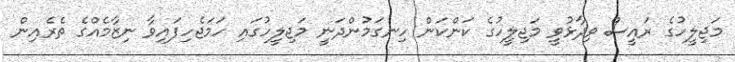
މަޖިލީހުގެ ރައީސް ވިދާޅުވީ މަޖިލީހުގެ ކަންކަން ހިނގަމުންދަނީ މަޖިލީހުގައި ހަމަޖެހިފައިވާ ނިޒާމެއްގެ ތެރެއިން